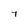
Character: 7